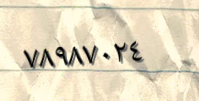
٧٨٩٨٧٠٢٤